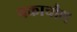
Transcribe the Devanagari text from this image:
चकाचौध